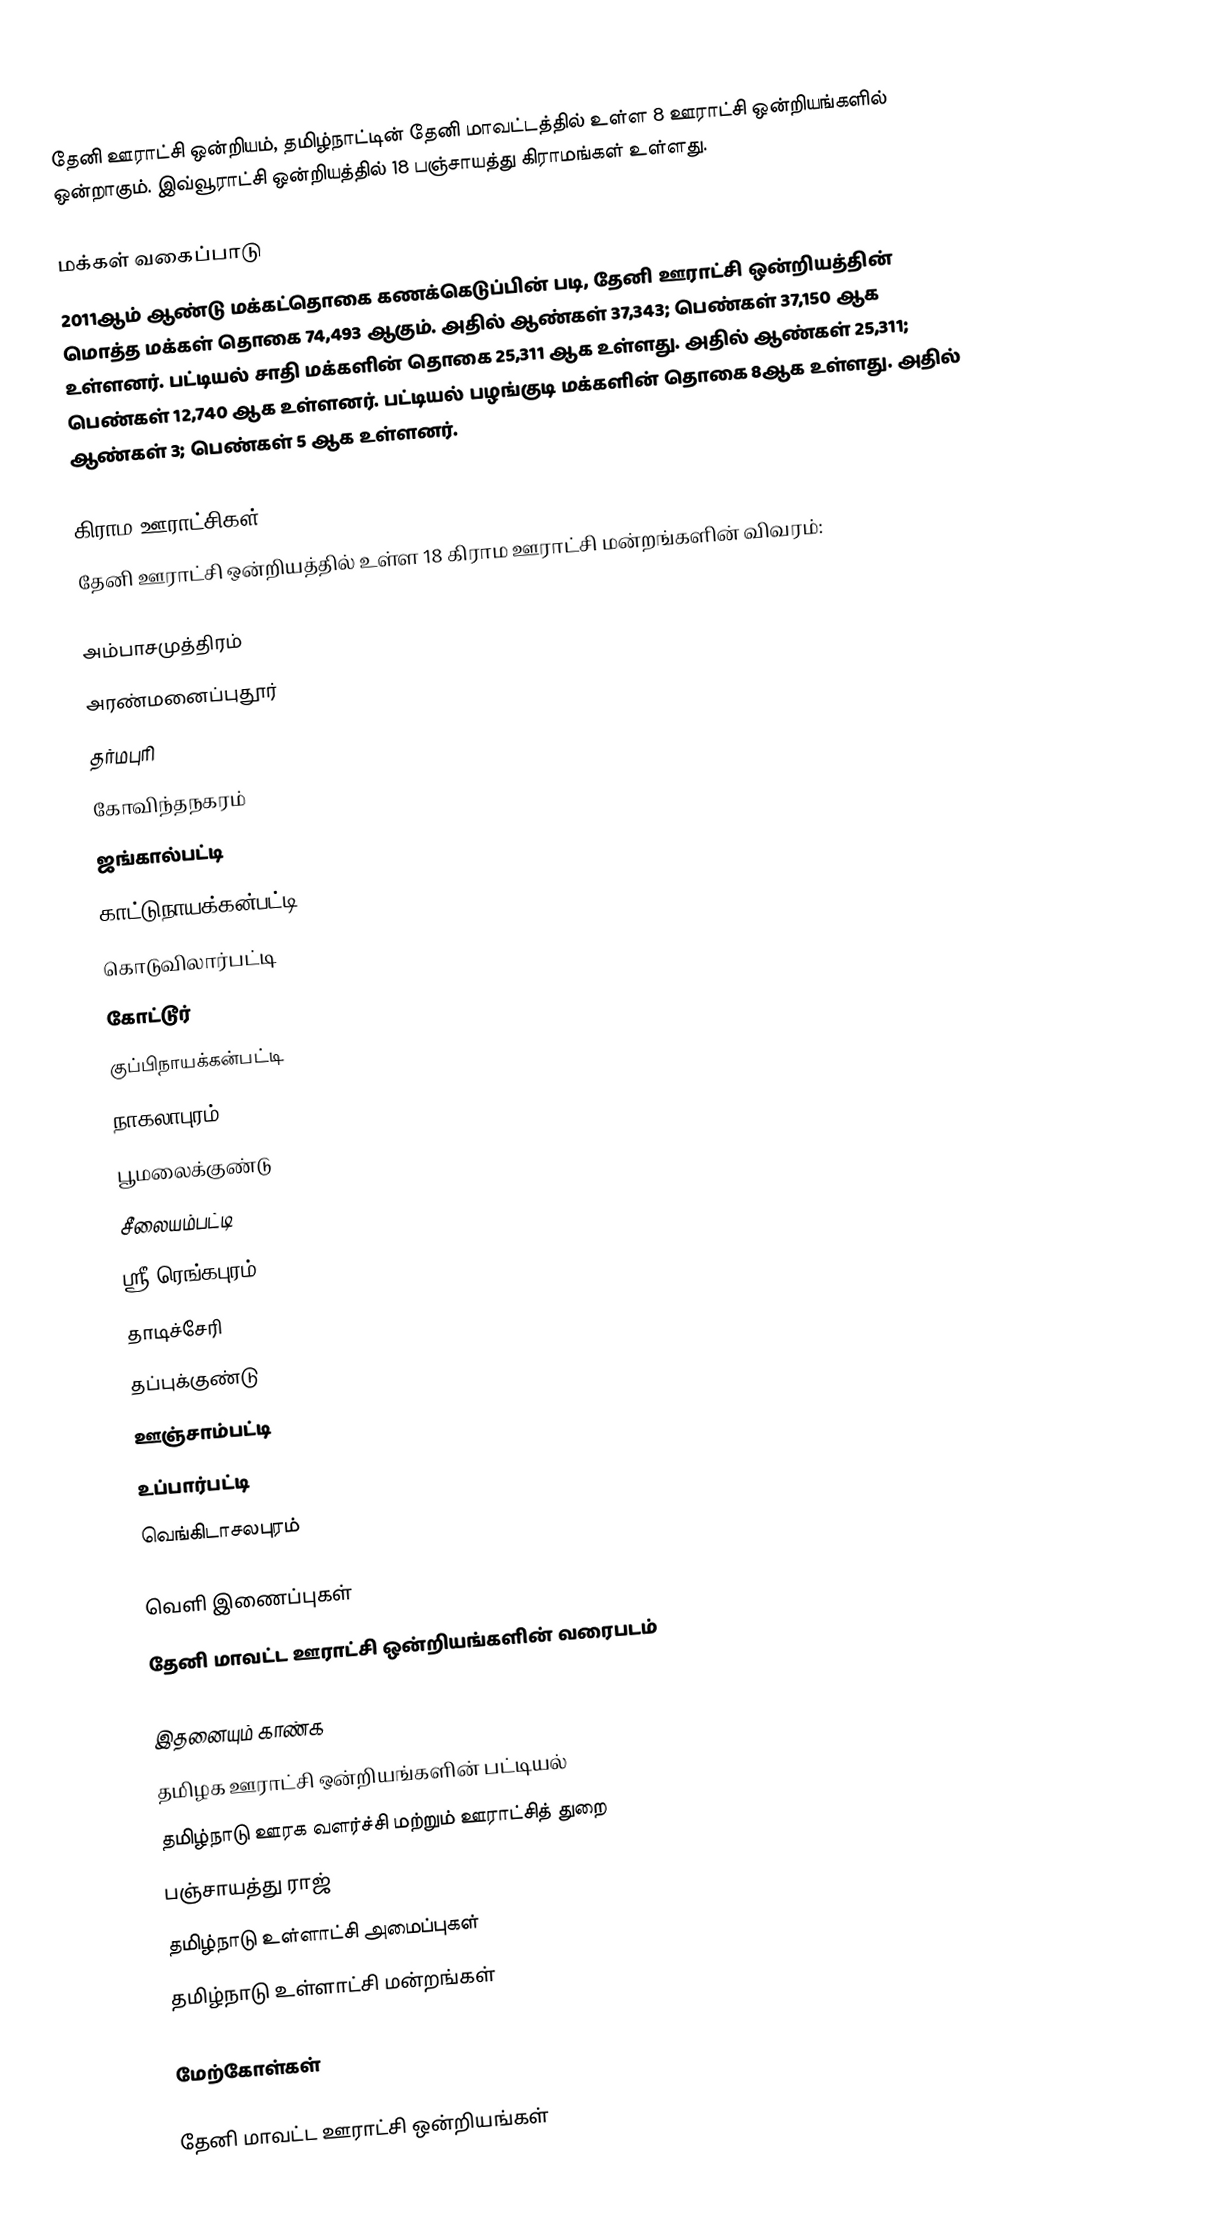
தேனி ஊராட்சி ஒன்றியம், தமிழ்நாட்டின் தேனி மாவட்டத்தில் உள்ள 8  ஊராட்சி ஒன்றியங்களில் ஒன்றாகும். இவ்வூராட்சி ஒன்றியத்தில் 18 பஞ்சாயத்து கிராமங்கள் உள்ளது.

மக்கள் வகைப்பாடு
2011ஆம் ஆண்டு மக்கட்தொகை கணக்கெடுப்பின் படி, தேனி ஊராட்சி ஒன்றியத்தின் மொத்த மக்கள் தொகை 74,493 ஆகும். அதில் ஆண்கள் 37,343; பெண்கள் 37,150 ஆக உள்ளனர். பட்டியல் சாதி மக்களின் தொகை 25,311 ஆக உள்ளது. அதில் ஆண்கள் 25,311; பெண்கள் 12,740 ஆக உள்ளனர். பட்டியல் பழங்குடி மக்களின் தொகை 8ஆக உள்ளது. அதில் ஆண்கள் 3; பெண்கள் 5 ஆக உள்ளனர்.

கிராம ஊராட்சிகள்
தேனி ஊராட்சி ஒன்றியத்தில் உள்ள 18 கிராம ஊராட்சி மன்றங்களின் விவரம்:

 அம்பாசமுத்திரம்
 அரண்மனைப்புதூர்
 தர்மபுரி
 கோவிந்தநகரம்
 ஜங்கால்பட்டி
 காட்டுநாயக்கன்பட்டி
 கொடுவிலார்பட்டி
 கோட்டூர்
 குப்பிநாயக்கன்பட்டி
 நாகலாபுரம்
 பூமலைக்குண்டு
 சீலையம்பட்டி
 ஸ்ரீ ரெங்கபுரம்
 தாடிச்சேரி
 தப்புக்குண்டு
 ஊஞ்சாம்பட்டி
 உப்பார்பட்டி
 வெங்கிடாசலபுரம்

வெளி இணைப்புகள்
  தேனி மாவட்ட ஊராட்சி ஒன்றியங்களின் வரைபடம்

இதனையும் காண்க
 தமிழக ஊராட்சி ஒன்றியங்களின் பட்டியல்
 தமிழ்நாடு ஊரக வளர்ச்சி மற்றும் ஊராட்சித் துறை
 பஞ்சாயத்து ராஜ்
 தமிழ்நாடு உள்ளாட்சி அமைப்புகள்
 தமிழ்நாடு உள்ளாட்சி மன்றங்கள்

மேற்கோள்கள்

தேனி மாவட்ட ஊராட்சி ஒன்றியங்கள்